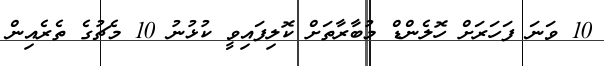
10 ވަނަ ފަހަރަށް ހޮލެންޑް މުބާރާތަށް ކޮލިފައިވީ ކުޅުނު 10 މެޗުގެ ތެރެއިން